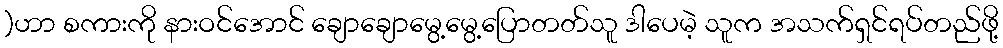
)ဟာ စကားကို နားဝင်အောင် ချောချောမွေ့မွေ့ပြောတတ်သူ ဒါပေမဲ့ သူက အသက်ရှင်ရပ်တည်ဖို့